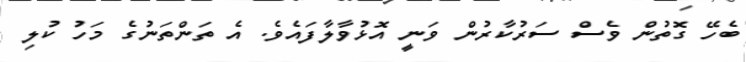
ބެހޭ ގޮތުން ވެސް ސަރުކާރުން ވަނީ އޮޅުވާލާފައެވެ. އެ ތަންތަނުގެ މަހު ކުލި